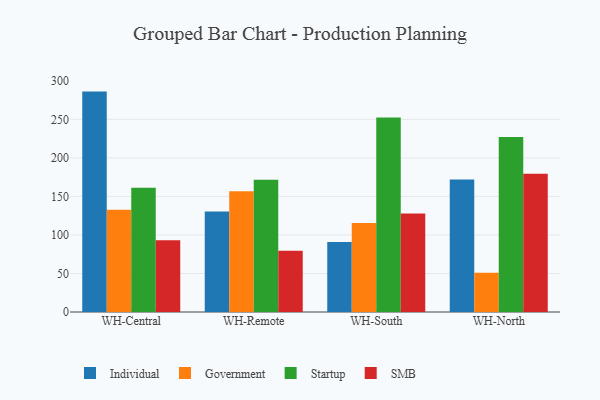
{"axis": {"x": "Warehouse", "y": "Operating Costs (USD K)"}, "legend": ["Government", "Individual", "SMB", "Startup"], "data": [{"x": "WH-Central", "y": 286.1, "type": "Individual"}, {"x": "WH-Central", "y": 132.7, "type": "Government"}, {"x": "WH-Central", "y": 161.4, "type": "Startup"}, {"x": "WH-Central", "y": 93.0, "type": "SMB"}, {"x": "WH-Remote", "y": 130.4, "type": "Individual"}, {"x": "WH-Remote", "y": 156.8, "type": "Government"}, {"x": "WH-Remote", "y": 171.7, "type": "Startup"}, {"x": "WH-Remote", "y": 79.5, "type": "SMB"}, {"x": "WH-South", "y": 91.0, "type": "Individual"}, {"x": "WH-South", "y": 115.6, "type": "Government"}, {"x": "WH-South", "y": 252.6, "type": "Startup"}, {"x": "WH-South", "y": 128.0, "type": "SMB"}, {"x": "WH-North", "y": 172.0, "type": "Individual"}, {"x": "WH-North", "y": 51.1, "type": "Government"}, {"x": "WH-North", "y": 227.3, "type": "Startup"}, {"x": "WH-North", "y": 179.3, "type": "SMB"}]}